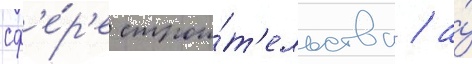
сф'е́р'е строи́т'ельства / а́